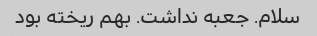
سلام. جعبه نداشت. بهم ریخته بود